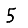
Digit: 5